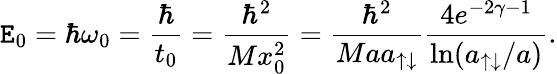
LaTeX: \mathtt{E}_{0}=\hbar\omega_{0}=\frac{{\hbar}}{{t_{0}}}=\frac{{\hbar^{2}}}{{Mx_{0}^{2}}}=\frac{{\hbar^{2}}}{{Maa_{\uparrow\downarrow}}}\frac{{4e^{-2\gamma-1}}}{{\ln(a_{\uparrow\downarrow}/a)}}.